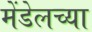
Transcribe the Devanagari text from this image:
मेंडेलच्या